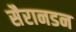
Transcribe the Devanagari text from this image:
सैरानडन